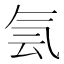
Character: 𰚼